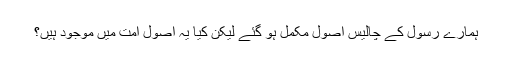
ہمارے رسولؐ کے چالیس اصول مکمل ہو گئے لیکن کیا یہ اصول امت میں موجود ہیں؟